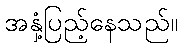
အနှံ့ပြည့်နေသည်။